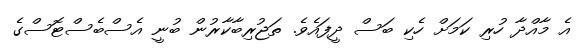
އެ މާއްދާ ހުރި ކަމަށް ހެކި ބަސް ދީފައެވެ. ތަޖުރިބާކާރުން ބުނީ އެސްބެސްޓޮސްގެ